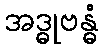
အဒ္ဓုဗန္ဓံ